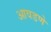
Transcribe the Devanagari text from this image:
आवडणे